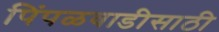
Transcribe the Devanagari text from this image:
पिंपळवाडीसाठी